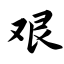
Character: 艰